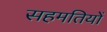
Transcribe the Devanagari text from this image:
सहमतियों